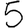
Digit: 5